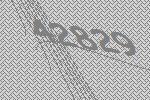
42829